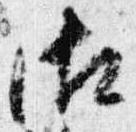
御